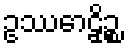
ဥဿောဠှိဉ္စ